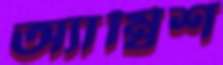
অ্যাম্বিশ